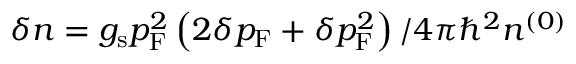
\delta n = g _ { \mathrm { s } } p _ { \mathrm { F } } ^ { 2 } \left( 2 \delta p _ { \mathrm { F } } + \delta p _ { \mathrm { F } } ^ { 2 } \right) / 4 \pi \hbar ^ { 2 } n ^ { ( 0 ) }